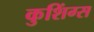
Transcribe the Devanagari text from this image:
कुशिंग्स